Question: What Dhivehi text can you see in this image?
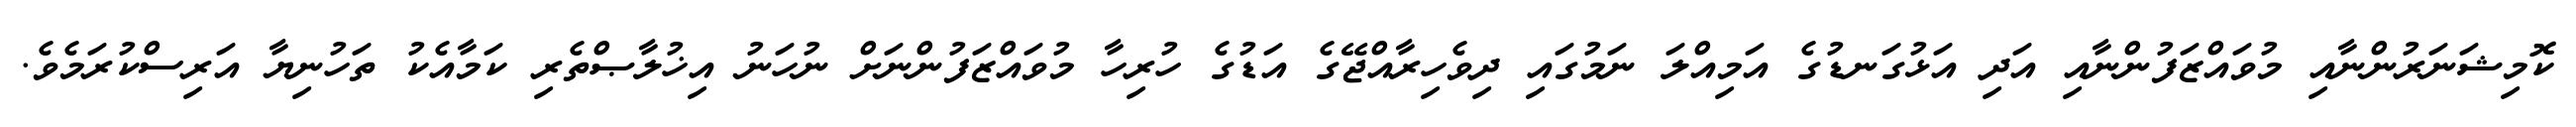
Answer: ކޮމިޝަނަރުންނާއި މުވައްޒަފުންނާއި އަދި އަޅުގަނޑުގެ އަމިއްލަ ނަމުގައި ދިވެހިރާއްޖޭގެ އަޑުގެ ހުރިހާ މުވައްޒަފުންނަށް ނުހަނު އިޚުލާޞްތެރި ކަމާއެކު ތަހުނިޔާ އަރިސްކުރަމެވެ.